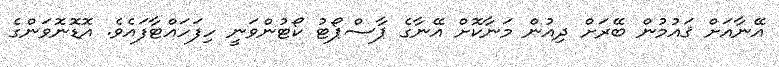
އޭނާއަށް ޤައުމުން ބޭރަށް ދިއުން މަނާކޮށް އޭނާގެ ޕާސްޕޯޓު ކޯޓުންވަނީ ހިފަހައްޓާފައެވެ. އޮޑޮނޮވަންގެ